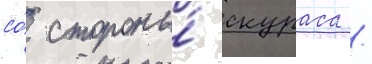
со́ стороны́ скураса /